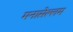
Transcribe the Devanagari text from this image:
मनासेल्लम